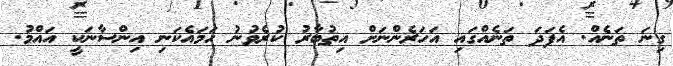
ގިނަ ތަނެއް. އެފަދަ ތަނެއްގައި އަހަރެންނަށް އިތުބާރު ކުރެވުނު ހަމައެކަނި އިންސާނަކީ އައްމު.